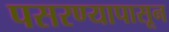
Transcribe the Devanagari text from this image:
पसरण्यापासून